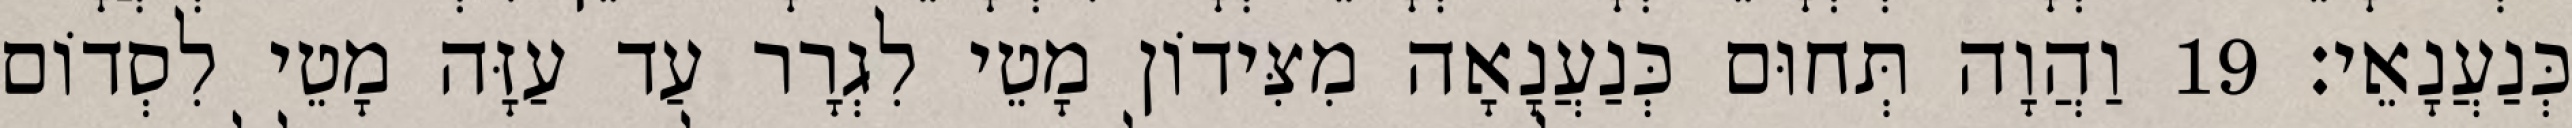
כְּנַעֲנָאֵי׃ 19 וַהֲוָה תְּחוּם כְּנַעֲנָאָה מִצִּידוֹן מָטֵי לִגְרָר עַד עַזָּה מָטֵי לִסְדוֹם